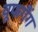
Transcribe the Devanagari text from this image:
वूफगैंग